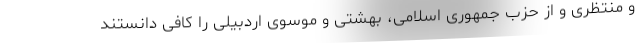
و منتظری و از حزب جمهوری اسلامی، بهشتی و موسوی اردبیلی را کافی دانستند